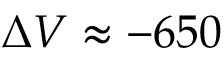
\Delta V \approx - 6 5 0